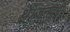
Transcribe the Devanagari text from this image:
थे।जनवरी